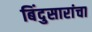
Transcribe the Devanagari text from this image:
बिंदुसारांचा